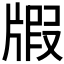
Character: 𤗜